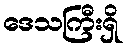
ဒေသကြီးရှိ